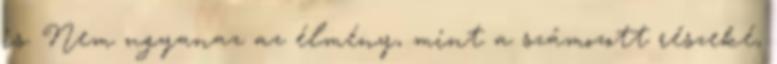
is. Nem ugyanaz az élmény, mint a számozott részeké,